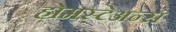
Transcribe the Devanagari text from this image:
होमस्टेअन्स